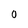
Character: 0